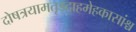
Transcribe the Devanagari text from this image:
दोषत्रयामतृड्दाहमेहकासांश्च